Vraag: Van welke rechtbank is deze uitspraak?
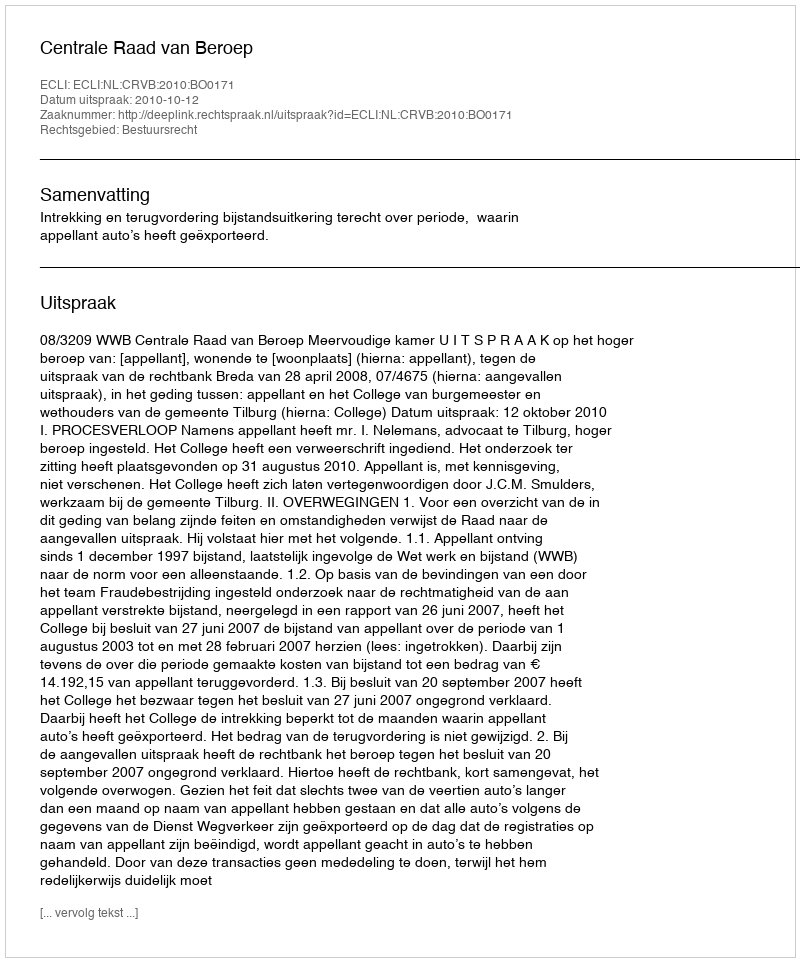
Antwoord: Centrale Raad van Beroep